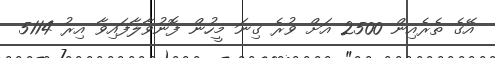
އޭގެ ތެރެއިން 2500 އަށް ވުރެ ގިނަ މީހުން ފޮނުވާލާފައިވާ އިރު 5114